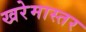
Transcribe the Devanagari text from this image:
खरेमास्तर